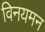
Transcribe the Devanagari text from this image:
विनयमन